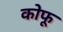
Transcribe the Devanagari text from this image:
कोफू